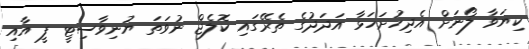
ކިޔަވާ ލޯނަށް އެދިހުށަހަޅާ އަދަދުގެ ތެރޭގައި ކޮލެޖް ނުވަތަ ޔުނިވާސިޓީ ފީ އާއި